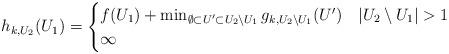
LaTeX: \begin{align*} h_{k, U_{2}}( U_{1}) = \begin{cases} f( U_{1} ) + \min_{ \emptyset \subset U' \subset U_{2} \setminus U_{1} }g_{k, U_{2} \setminus U_{1}}( U' ) & |U_{2} \setminus U_{1}| > 1\\ \infty & {}\end{cases}\end{align*}